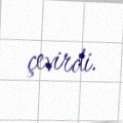
çevirdi.